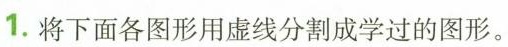
1.将下面各图形用虚线分割成学过的图形。